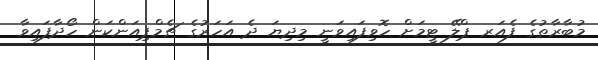
މުބާރާތުގެ ފެއަރ ޕްލޭ ޓީމަށް ހޮވިފައިވަނީ މިދިޔަ ދެ އަހަރުގެ ޗެމްޕިއަންކަން ހޯދާފައިވާ